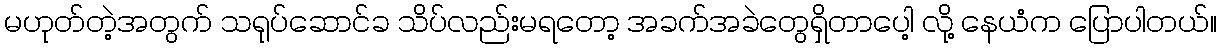
မဟုတ်တဲ့အတွက် သရုပ်ဆောင်ခ သိပ်လည်းမရတော့ အခက်အခဲတွေရှိတာပေါ့ လို့ နေယံက ပြောပါတယ်။